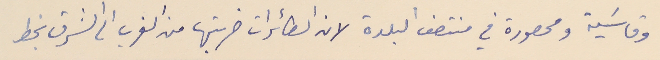
وقاسَية ومحصورة في منتصف البلدة لان الطائرات ضربتها من الغرب الى الشرق بخط